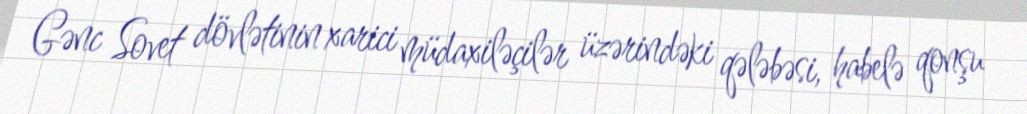
Gənc Sovet dövlətinin xarici müdaxiləçilər üzərindəki qələbəsi, habelə qonşu